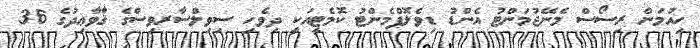
ހިއުމަން ރިސޯސް މެނޭޖުމަންޓު އެންޑު ޑިވެލޮޕްމެންޓު ކޮމެޓީއަކީ ދިވެހި ސިވިލްސާރވިސްގެ ޤާަވާޢިދުގެ 36